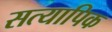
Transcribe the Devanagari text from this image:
सत्यापिक